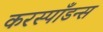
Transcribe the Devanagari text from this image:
करस्‍पाँडन्स